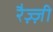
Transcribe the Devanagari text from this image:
रैज़्ज़ी